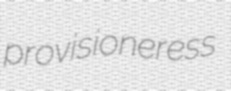
provisioneress